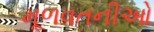
મૂળવતનીઓ